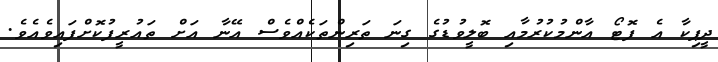
ދީޕިކާ އެ ފޮޓޯ އާންމުކުރުމާއި ބޮލީވުޑުގެ ގިނަ ތަރިންތަކެއްވެސް އޭނާ އަށް ތައުރީފުކޮށްފައިވެއެވެ.